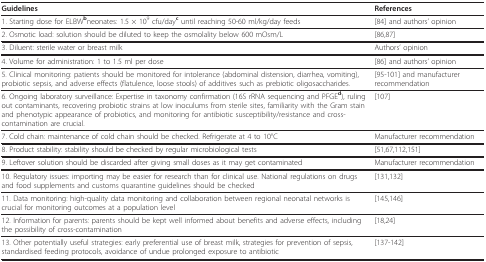
<table><thead><tr><td><b>Guidelines</b></td><td><b>References</b></td></tr></thead><tbody><tr><td>1. Starting dose for ELBW<sup><b>b</b></sup>neonates: 1.5 × 10<sup>9 </sup>cfu/day<sup><b>c </b></sup>until reaching 50-60 ml/kg/day feeds</td><td>[84] and authors&#x27; opinion</td></tr><tr><td>2. Osmotic load: solution should be diluted to keep the osmolality below 600 mOsm/L</td><td>[86,87]</td></tr><tr><td>3. Diluent: sterile water or breast milk</td><td>Authors&#x27; opinion</td></tr><tr><td>4. Volume for administration: 1 to 1.5 ml per dose</td><td>[86] and authors&#x27; opinion</td></tr><tr><td>5. Clinical monitoring: patients should be monitored for intolerance (abdominal distension, diarrhea, vomiting), probiotic sepsis, and adverse effects (flatulence, loose stools) of additives such as prebiotic oligosaccharides.</td><td>[95-101] and manufacturer recommendation</td></tr><tr><td>6. Ongoing laboratory surveillance: Expertise in taxonomy confirmation (16S rRNA sequencing and PFGE<b><sup>d</sup></b>), ruling out contaminants, recovering probiotic strains at low inoculums from sterile sites, familiarity with the Gram stain and phenotypic appearance of probiotics, and monitoring for antibiotic susceptibility/resistance and cross-contamination are crucial.</td><td>[107]</td></tr><tr><td>7. Cold chain: maintenance of cold chain should be checked. Refrigerate at 4 to 10°C</td><td>Manufacturer recommendation</td></tr><tr><td>8. Product stability: stability should be checked by regular microbiological tests</td><td>[51,67,112,151]</td></tr><tr><td>9. Leftover solution should be discarded after giving small doses as it may get contaminated</td><td>Manufacturer recommendation</td></tr><tr><td>10. Regulatory issues: importing may be easier for research than for clinical use. National regulations on drugs and food supplements and customs quarantine guidelines should be checked</td><td>[131,132]</td></tr><tr><td>11. Data monitoring: high-quality data monitoring and collaboration between regional neonatal networks is crucial for monitoring outcomes at a population level</td><td>[145,146]</td></tr><tr><td>12. Information for parents: parents should be kept well informed about benefits and adverse effects, including the possibility of cross-contamination</td><td>[18,24]</td></tr><tr><td>13. Other potentially useful strategies: early preferential use of breast milk, strategies for prevention of sepsis, standardised feeding protocols, avoidance of undue prolonged exposure to antibiotic</td><td>[137-142]</td></tr></tbody></table>